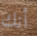
أنك